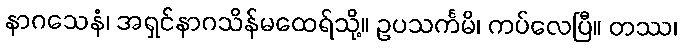
နာဂသေနံ၊ အရှင်နာဂသိန်မထေရ်သို့။ ဥပသင်္ကမိ၊ ကပ်လေပြီ။ တဿ၊